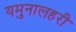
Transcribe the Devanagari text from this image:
यमुनालहरी